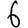
Digit: 6